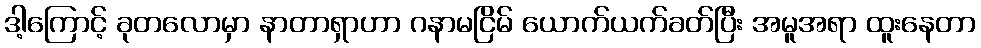
ဒါ့ကြောင့် ခုတလောမှာ နာတာရှာဟာ ဂနာမငြိမ် ယောက်ယက်ခတ်ပြီး အမူအရာ ထူးနေတာ